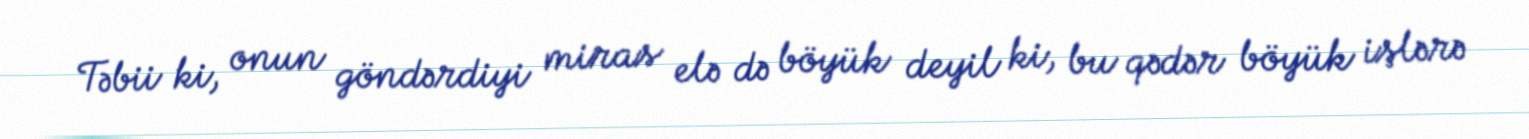
Təbii ki, onun göndərdiyi miras elə də böyük deyil ki, bu qədər böyük işlərə